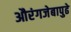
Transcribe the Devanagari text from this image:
औरंगजेबापुढे